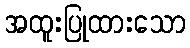
အထူးပြုထားသော